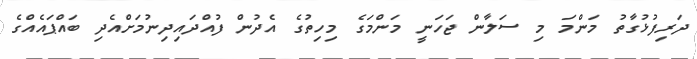
ދަރިފުޅުގާތު މަންމަ މި ސަލާން ޖަހަނީ މަންމަގެ މިހިތުގެ އެދުން ފުއްދައިދިނުމަށްއެދި ބައްޕައެއްގެ